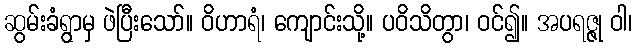
ဆွမ်းခံရွာမှ ဖဲပြီးသော်။ ဝိဟာရံ၊ ကျောင်းသို့။ ပဝိသိတွာ၊ ဝင်၍။ အပရဇ္ဇု ဝါ၊